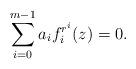
LaTeX: \begin{align*}\sum_{i=0}^{m-1}a_if_i^{r^i}(z)=0.\end{align*}